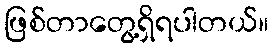
ဖြစ်တာတွေ့ရှိရပါတယ်။